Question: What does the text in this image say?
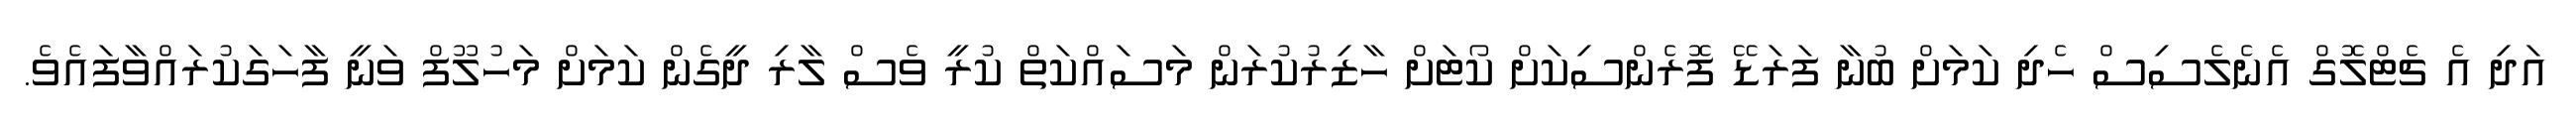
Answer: އަދި އެ ޗެޓްލޮގް އެނެލެސިސް ހެދި ކަމަށް ބުނާ ފަރަޑޭ ފޮރެންސިކަށް ކޯޓަށް ހާޒިރުކުރަން މަސައްކަތް ކުރީ ވެސް ލާރި ދީގެން ކަމަށް މަހުލޫފް ވަނީ ފާހަގަކުރައްވާފައެވެ.